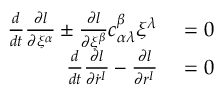
\begin{array} { r l } { \frac { d } { d t } \frac { \partial l } { \partial \xi ^ { \alpha } } \pm \frac { \partial l } { \partial \xi ^ { \beta } } c _ { \alpha \lambda } ^ { \beta } \xi ^ { \lambda } } & { { } = 0 } \\ { \frac { d } { d t } \frac { \partial l } { \partial \dot { r } ^ { I } } - \frac { \partial l } { \partial r ^ { I } } } & { { } = 0 } \end{array}